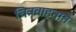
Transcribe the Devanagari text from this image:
चित्रवाहनाने